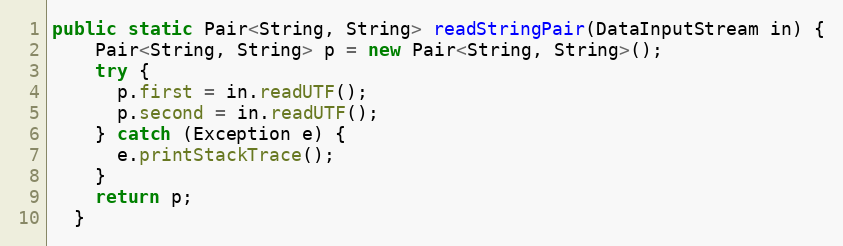
Language: Java
public static Pair<String, String> readStringPair(DataInputStream in) {
    Pair<String, String> p = new Pair<String, String>();
    try {
      p.first = in.readUTF();
      p.second = in.readUTF();
    } catch (Exception e) {
      e.printStackTrace();
    }
    return p;
  }